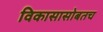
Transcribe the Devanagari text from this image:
विकासासोबतच